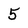
Character: 5